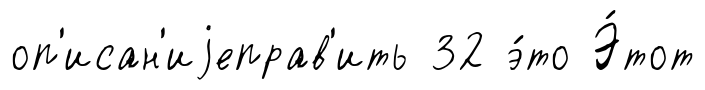
оп'исан'иjеправ'ить 32 э́то Э́тот